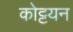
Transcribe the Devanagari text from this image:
कोट्टयन